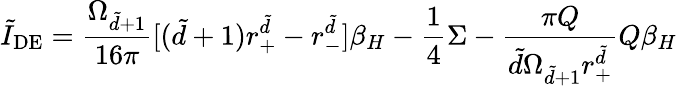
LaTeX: \tilde{I}_{\mathrm{DE}}=\frac{\Omega_{\tilde{d}+1}}{16\pi}[(\tilde{d}+1)r_{+}^{\tilde{d}}-r_{-}^{\tilde{d}}]\beta_{H}-\frac{1}{4}\Sigma-\frac{\pi Q}{\tilde{d}\Omega_{\tilde{d}+1}r_{+}^{\tilde{d}}}Q\beta_{H}